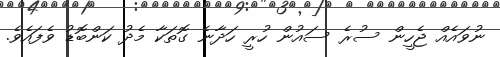
ނުވައެއް ޖެހީން ސުރެ ސައުން ހުރީ ހަދާނެ ގޮތަކާ މެދު ކަންބޮޑު ވެފައެވެ.